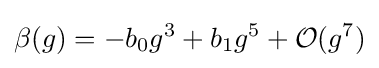
\beta (g)=-b_{0}g^{3}+b_{1}g^{5}+{\mathcal {O}}(g^{7})